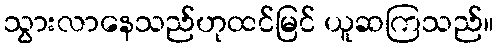
သွားလာနေသည်ဟုထင်မြင် ယူဆကြသည်။